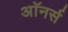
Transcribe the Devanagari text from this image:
अाॅनर्स